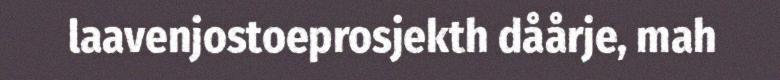
laavenjostoeprosjekth dåårje, mah